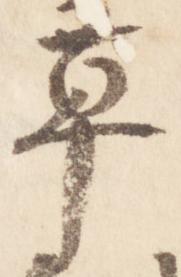
草